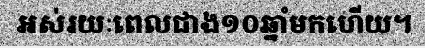
អស់រយៈពេលជាង១០ឆ្នាំមកហើយ។